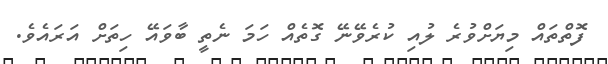
ފޮތްތައް މިޔަށްވުރެ ލުއި ކުރެވޭނޭ ގޮތެއް ހަމަ ނެތީ ބާވައޭ ހިތަށް އަރައެވެ.